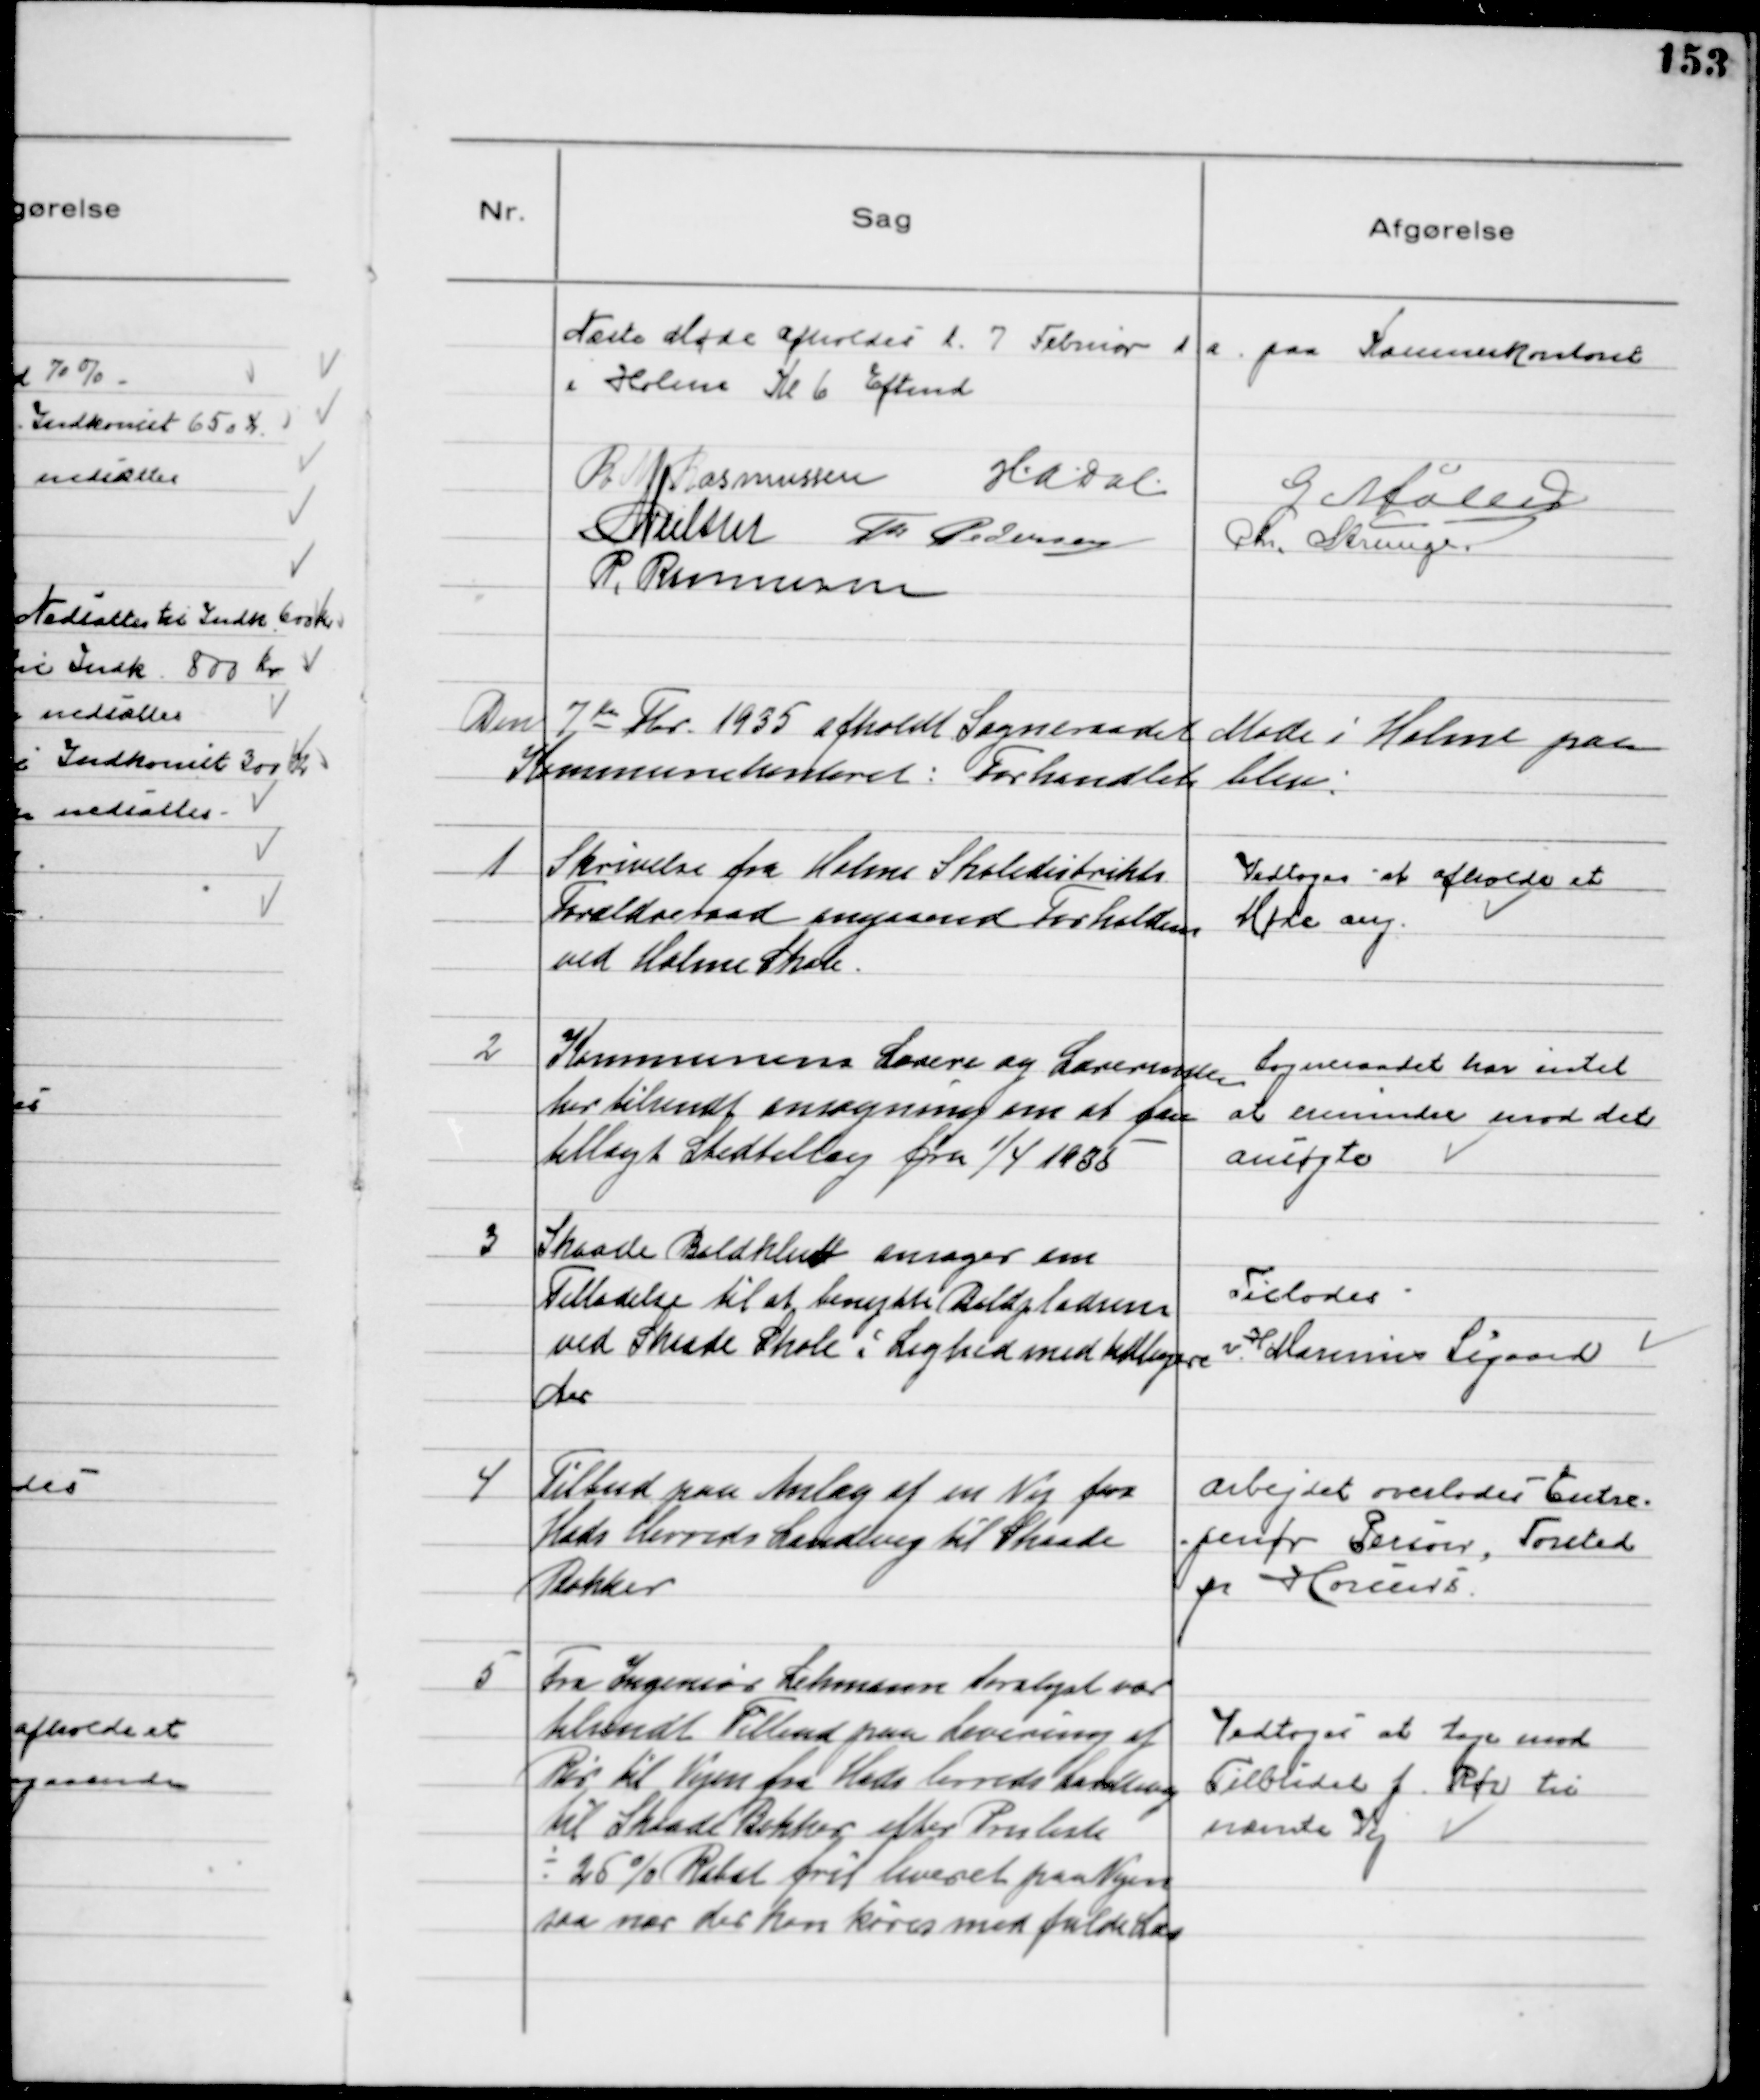
Transskription:
Næste Møde afholdes d. 7 Februar d. a. paa Kommunekontoret
i Holme Kl 6 Eftmd.
R M Rasmussen
H.A. Dal
G Møller
N Nielsen Th Pedersen
Chr. Strunge.
P. Rasmussen

Den 7 de Fbr 1935 afholdt Sogneraadet Møde i Holme paa
Kommunekontoret: Forhandlet blev:

1
Skrivelse fra Holme Skoledistrikts
Forældreraad angaaende Forholdene
ved Holme Skole.

Vedtoges at afholde et
Møde ang.

2
Kommunens Lærere og Lærerinder
har tilsendt ansøgning om at faa
tillagt Stedtillæg fra 1/4 1935
Sogneraadet har intet
at erindre mod det
ansøgte

3
Skaade Boldklub ansøger om
Tilladelse til at benytte Boldpladsen
ved Skaade Skole i Lighed med tidligere
Aar
Tillodes
v.
H
Marinus Sigaard

4
Tilbud paa Anlæg af en Vej fra
Hads Herreds Landevej til Skaade
Bakker

Arbejdet overlodes Entre-
-penør Person, Torsted
pr Horsens.

5
Fra Ingeniør Lehmann Saralyst var
tilsendt Tilbud paa Levering af
Rør til Vejen fra Hads herreds Landevej
til Skaade Bakker efter Prisliste
÷ 25% Rabat frit leveret paa Vejen
saa nær der kan køres med fulde Læs
Vedtoges at tage mod
Tilbudet f. Rør til
nævnte Vej